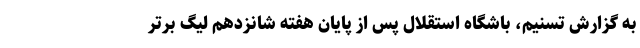
به گزارش تسنیم، باشگاه استقلال پس از پایان هفته شانزدهم لیگ برتر